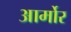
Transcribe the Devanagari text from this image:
आर्मोर